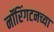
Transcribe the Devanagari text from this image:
नॉरिंगटनच्या